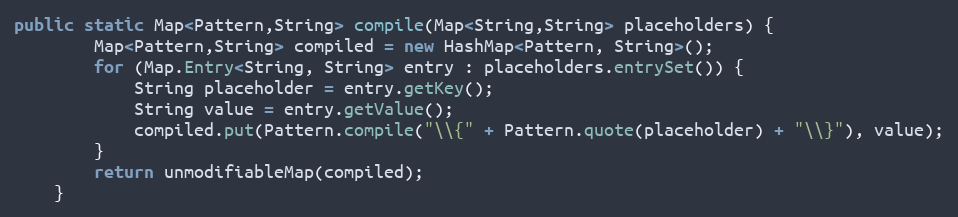
Language: Java
public static Map<Pattern,String> compile(Map<String,String> placeholders) {
        Map<Pattern,String> compiled = new HashMap<Pattern, String>();
        for (Map.Entry<String, String> entry : placeholders.entrySet()) {
            String placeholder = entry.getKey();
            String value = entry.getValue();
            compiled.put(Pattern.compile("\\{" + Pattern.quote(placeholder) + "\\}"), value);
        }
        return unmodifiableMap(compiled);
    }